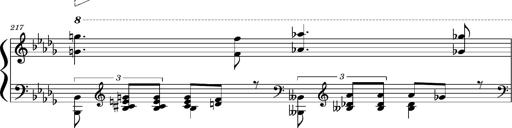
Title: Concerto sans orchestre, S.524a
Composer: Franz Liszt
Key: A major